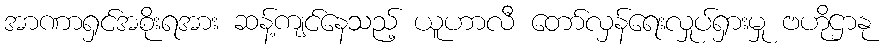
အာဏာရှင်အစိုးရအား ဆန့်ကျင်နေသည့် ယူဟာလီ တော်လှန်ရေးလှုပ်ရှားမှု ဗဟိုဌာနု